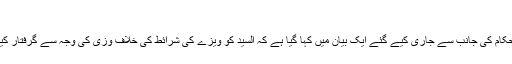
‘
امریکی حکام کی جانب سے جاری کیے گئے ایک بیان میں کہا گیا ہے کہ السید کو ویزے کی شرائط کی خلاف وزی کی وجہ سے گرفتار کیا گیا ہے۔